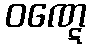
ဝဏ္ဋေ